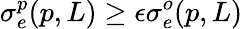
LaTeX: \sigma_{e}^{p}(p,L)\geq\epsilon\sigma_{e}^{o}(p,L)